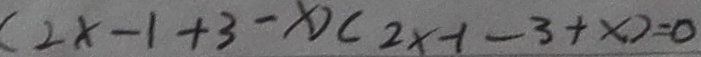
( 2 x - 1 + 3 - x ) ( 2 x - 1 - 3 + x ) = 0